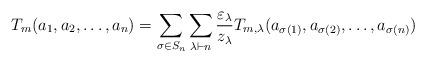
LaTeX: \begin{align*}T_m(a_1, a_2, \ldots, a_n) = \sum_{\sigma \in S_n} \sum_{\lambda \vdash n} \frac{\varepsilon_\lambda}{z_\lambda} T_{m,\lambda}(a_{\sigma(1)}, a_{\sigma(2)}, \ldots, a_{\sigma(n)})\end{align*}